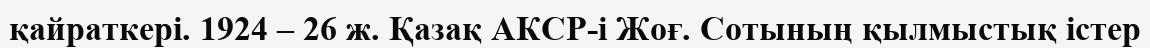
қайраткері. 1924 – 26 ж. Қазақ АКСР-і Жоғ. Сотының қылмыстық істер